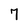
Character: 7